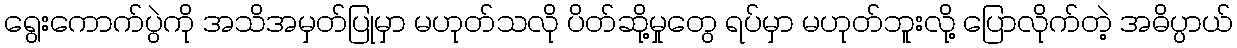
ရွေးကောက်ပွဲကို အသိအမှတ်ပြုမှာ မဟုတ်သလို ပိတ်ဆို့မှုတွေ ရပ်မှာ မဟုတ်ဘူးလို့ ပြောလိုက်တဲ့ အဓိပ္ပာယ်